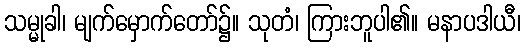
သမ္မုခါ၊ မျက်မှောက်တော်၌။ သုတံ၊ ကြားဘူပါ၏။ မနာပဒါယီ၊